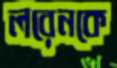
লরেনকে